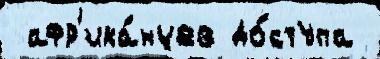
 афр'ика́нцев до́ступа